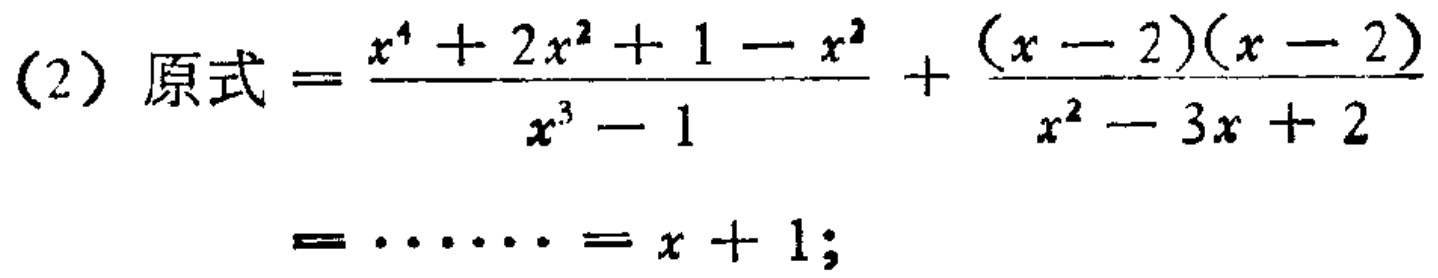
(2) 原式$=\frac{x^{4}+2x^{2}+1 - x^{2}}{x^{3}-1}+\frac{(x - 2)(x - 2)}{x^{2}-3x + 2}=\cdots\cdots=x + 1$;